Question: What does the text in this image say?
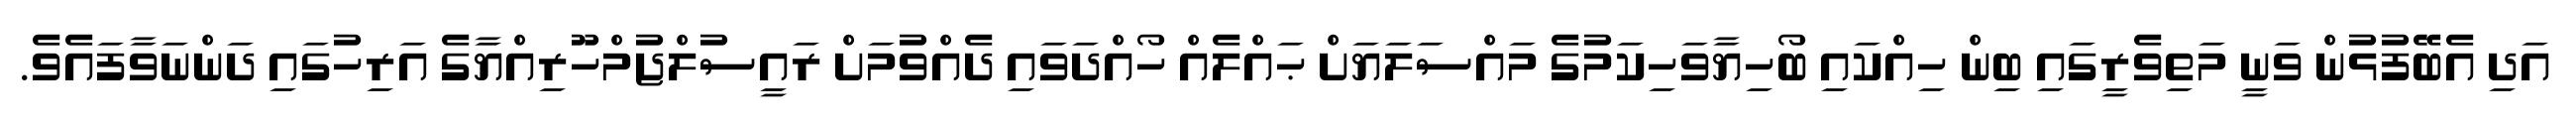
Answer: އަދި އެބޭފުޅުން ވަނީ މަތިވެރީގައި ބިން ހިއްކައި ބޯހިޔާވަހިކަމުގެ މައްސަލަޔަށް ޙައްލެއް ހޯއްދަވައި ދެއްވުމަށް ރައީސުލްޖުމްހޫރިއްޔާގެ އަރިހުގައި ދަންނަވާފައެވެ.